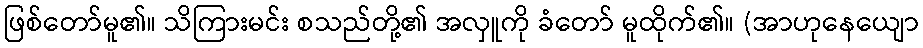
ဖြစ်တော်မူ၏။ သိကြားမင်း စသည်တို့၏ အလှူကို ခံတော် မူထိုက်၏။ (အာဟုနေယျော